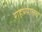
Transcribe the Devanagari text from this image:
राहण्यातच